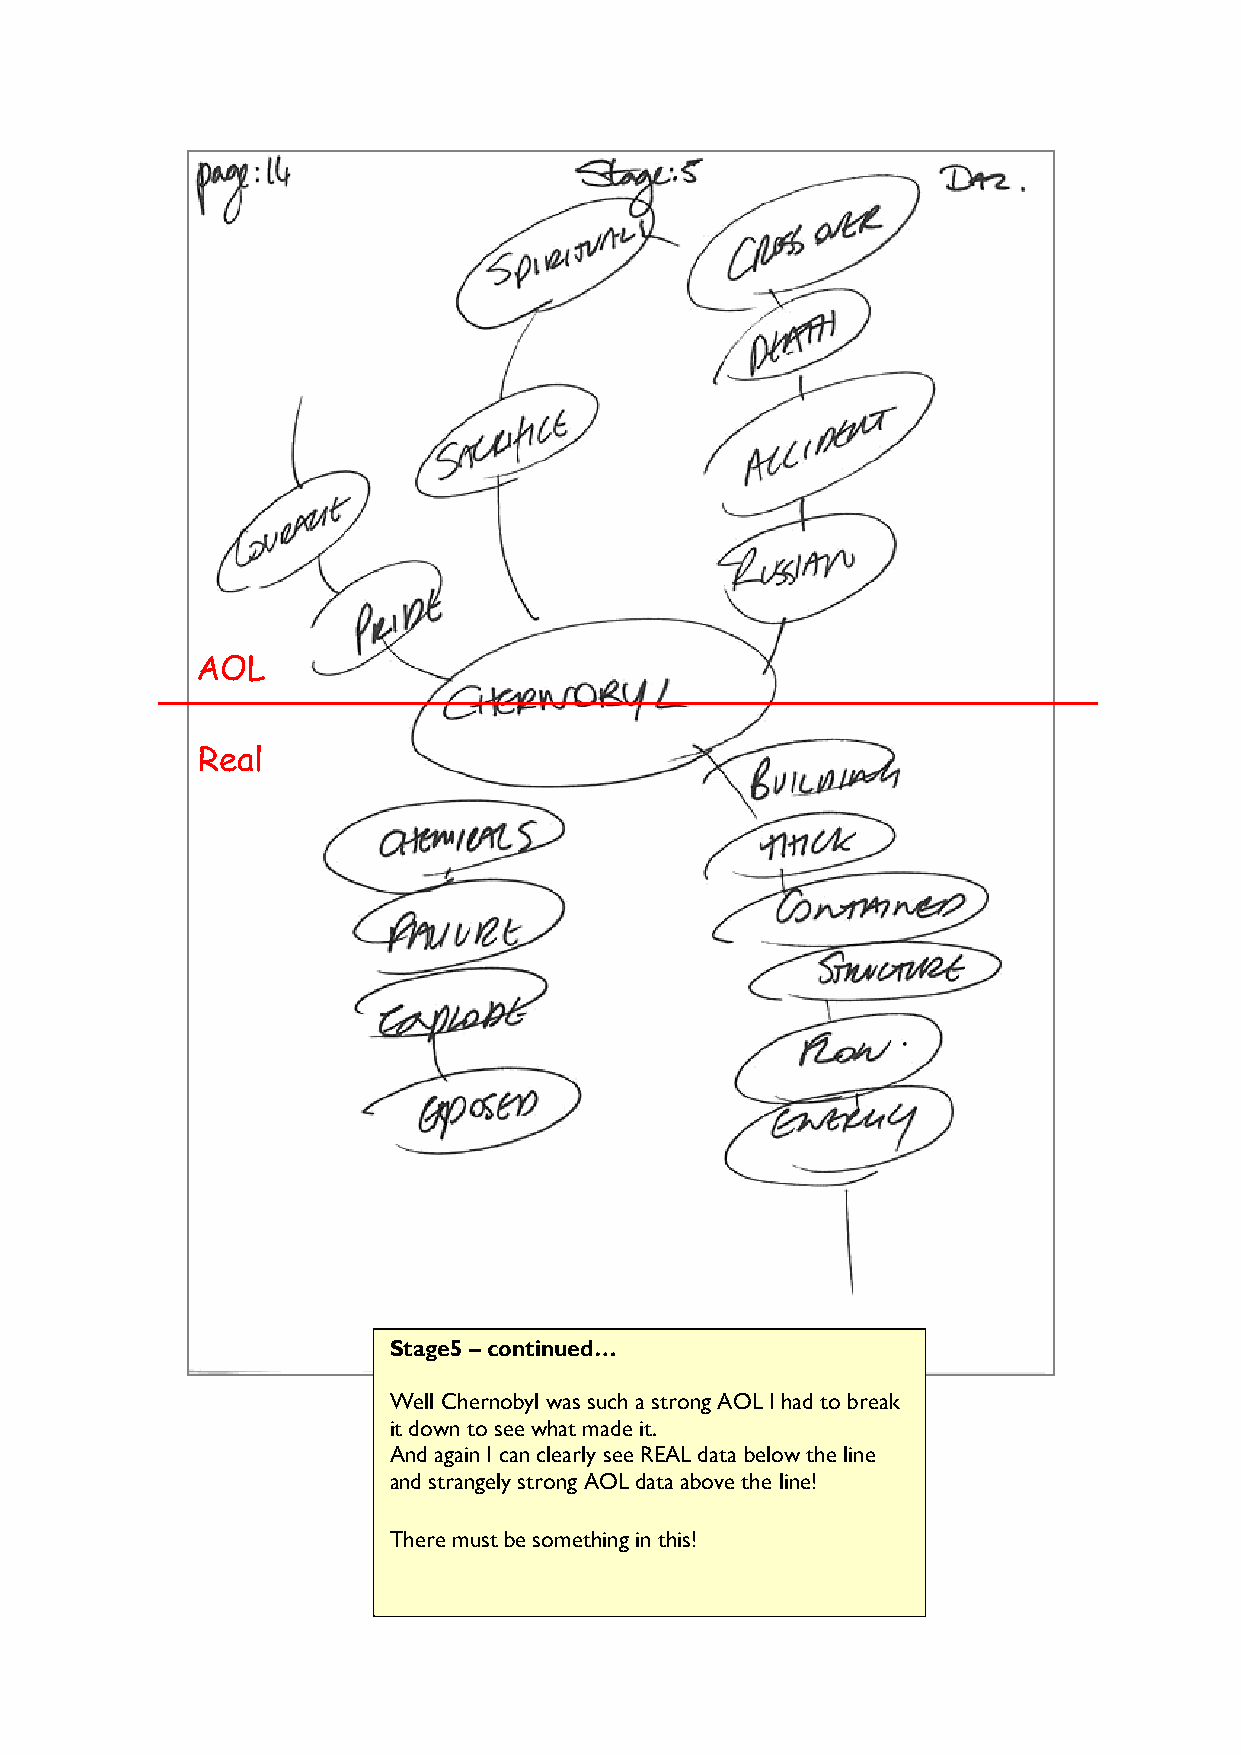
AOL
 Real
 Stage5 – continued…
 Well Chernobyl was such a strong AOL I had to break
 it down to see what made it.
 And again I can clearly see REAL data below the line
 and strangely strong AOL data above the line!
 There must be something in this!